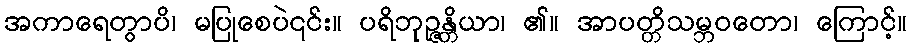
အကာရေတွာပိ၊ မပြုစေပဲ၎င်း။ ပရိဘုဉ္ဇန္တိယာ၊ ၏။ အာပတ္တိသမ္ဘဝတော၊ ကြောင့်။